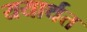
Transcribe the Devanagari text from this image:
ययार्थत